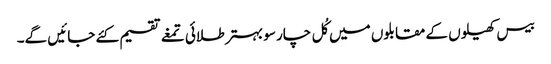
بیس کھیلوں کے مقابلوں میں کُل چار سو بہتر طلائی تمغے تقسیم کئے جائیں گے۔